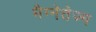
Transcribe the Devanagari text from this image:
मैग्नेतेज्म